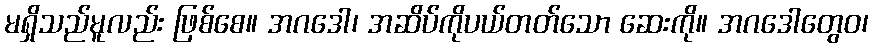
မရှိသည်မူလည်း ဖြစ်စေ။ အဂဒေါ၊ အဆိပ်ကိုပယ်တတ်သော ဆေးကို။ အဂဒေါတွေဝ၊